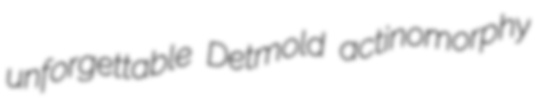
unforgettable Detmold actinomorphy